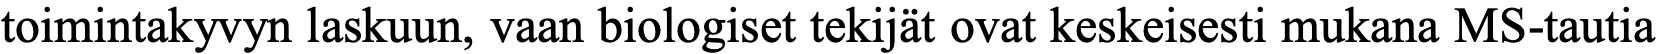
toimintakyvyn laskuun, vaan biologiset tekijät ovat keskeisesti mukana MS-tautia